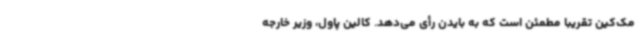
مک‌کین تقریبا مطمئن است که به بایدن رأی می‌دهد. کالین پاول، وزیر خارجه